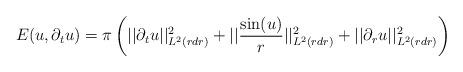
LaTeX: \begin{align*} E_{}(u,\partial_{t}u) &= \pi \left(||\partial_{t}u||_{L^{2}(r dr)}^{2}+||\frac{\sin(u)}{r}||_{L^{2}(r dr)}^{2} + ||\partial_{r}u||_{L^{2}(r dr)}^{2}\right)\end{align*}